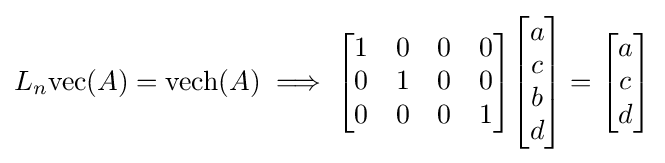
L_{n}\mathrm {vec} (A)=\mathrm {vech} (A)\implies {\begin{bmatrix}1&0&0&0\\0&1&0&0\\0&0&0&1\end{bmatrix}}{\begin{bmatrix}a\\c\\b\\d\end{bmatrix}}={\begin{bmatrix}a\\c\\d\end{bmatrix}}